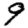
Digit: 9